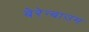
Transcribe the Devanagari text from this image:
बेरेन्बाउम